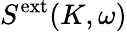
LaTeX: S^{\mathrm{ext}}(K,\omega)